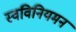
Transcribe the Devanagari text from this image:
स्वविनियमन